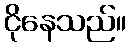
ငိုနေသည်။